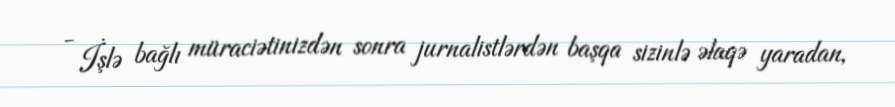
- İşlə bağlı müraciətinizdən sonra jurnalistlərdən başqa sizinlə əlaqə yaradan,